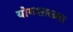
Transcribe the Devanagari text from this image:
योगशास्त्रत